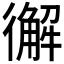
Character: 𢖆